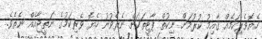
ހެޔޮވެރިކަމެއް ޤާއިމު ކުރުމަށް ނިކުތް ޕާޓީތަކަށް ނެރެވުނު ހެޔޮ ވެރިކަމުގެ ނަތީޖާއެއް ނެތެވެ.